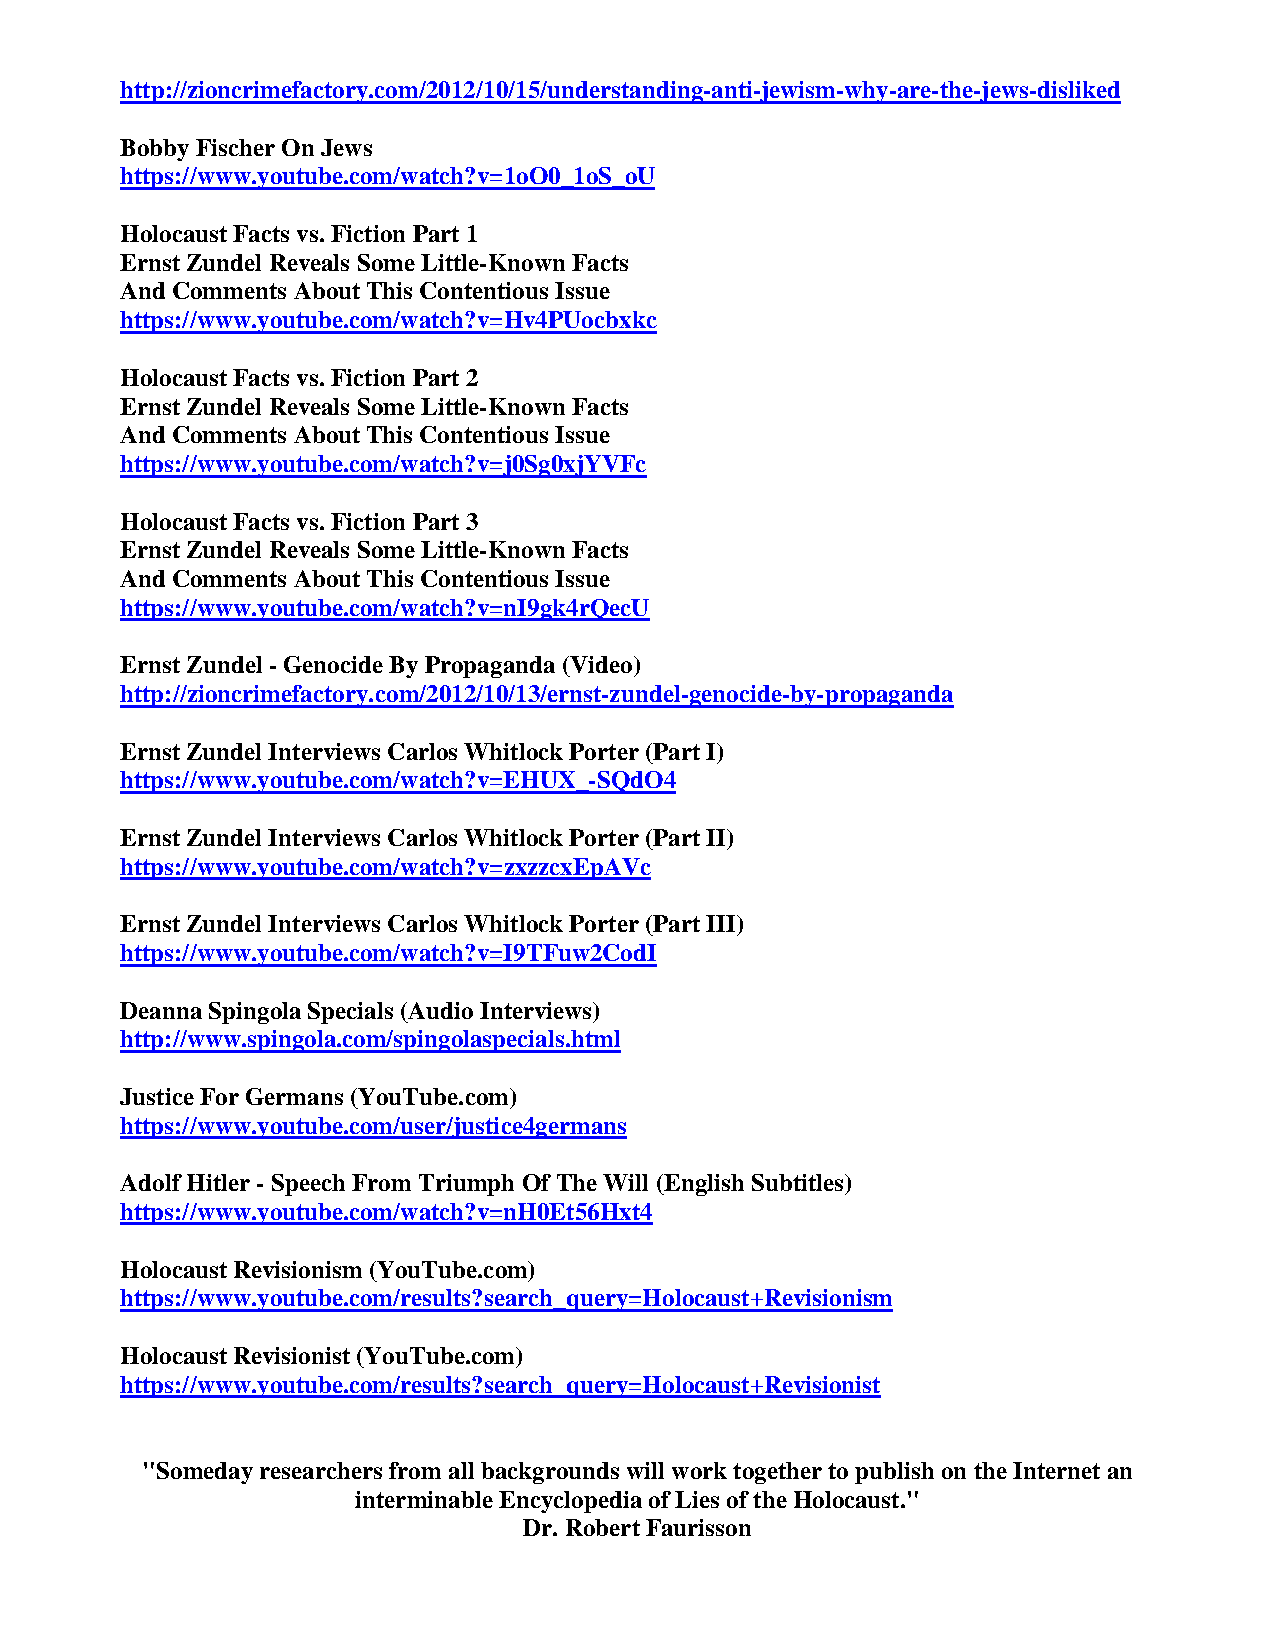
http://zioncrimefactory.com/2012/10/15/understanding-anti-jewism-why-are-the-jews-disliked
 Bobby Fischer On Jews
 https://www.youtube.com/watch?v=1oO0_1oS_oU
 Holocaust Facts vs. Fiction Part 1
 Ernst Zundel Reveals Some Little-Known Facts
 And Comments About This Contentious Issue
 https://www.youtube.com/watch?v=Hv4PUocbxkc
 Holocaust Facts vs. Fiction Part 2
 Ernst Zundel Reveals Some Little-Known Facts
 And Comments About This Contentious Issue
 https://www.youtube.com/watch?v=j0Sg0xjYVFc
 Holocaust Facts vs. Fiction Part 3
 Ernst Zundel Reveals Some Little-Known Facts
 And Comments About This Contentious Issue
 https://www.youtube.com/watch?v=nI9gk4rQecU
 Ernst Zundel - Genocide By Propaganda (Video)
 http://zioncrimefactory.com/2012/10/13/ernst-zundel-genocide-by-propaganda
 Ernst Zundel Interviews Carlos Whitlock Porter (Part I)
 https://www.youtube.com/watch?v=EHUX_-SQdO4
 Ernst Zundel Interviews Carlos Whitlock Porter (Part II)
 https://www.youtube.com/watch?v=zxzzcxEpAVc
 Ernst Zundel Interviews Carlos Whitlock Porter (Part III)
 https://www.youtube.com/watch?v=I9TFuw2CodI
 Deanna Spingola Specials (Audio Interviews)
 http://www.spingola.com/spingolaspecials.html
 Justice For Germans (YouTube.com)
 https://www.youtube.com/user/justice4germans
 Adolf Hitler - Speech From Triumph Of The Will (English Subtitles)
 https://www.youtube.com/watch?v=nH0Et56Hxt4
 Holocaust Revisionism (YouTube.com)
 https://www.youtube.com/results?search_query=Holocaust+Revisionism
 Holocaust Revisionist (YouTube.com)
 https://www.youtube.com/results?search_query=Holocaust+Revisionist
 "Someday researchers from all backgrounds will work together to publish on the Internet an
 interminable Encyclopedia of Lies of the Holocaust."
 Dr. Robert Faurisson